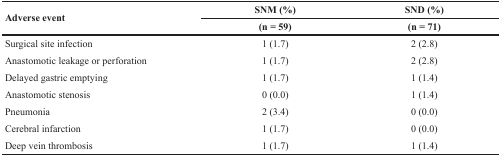
| <ROWSPAN=2> Adverse event | SNM (%) | SND (%) |
 | (n = 59) | (n = 71) |
 | --- | --- | --- |
 | Surgical site infection | 1 (1.7) | 2 (2.8) |
 | Anastomotic leakage or perforation | 1 (1.7) | 2 (2.8) |
 | Delayed gastric emptying | 1 (1.7) | 1 (1.4) |
 | Anastomotic stenosis | 0 (0.0) | 1 (1.4) |
 | Pneumonia | 2 (3.4) | 0 (0.0) |
 | Cerebral infarction | 1 (1.7) | 0 (0.0) |
 | Deep vein thrombosis | 1 (1.7) | 1 (1.4) |